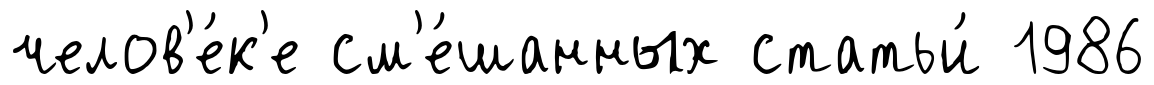
челов'е́к'е см'е́шанных статьи́ 1986